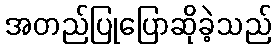
အတည်ပြုပြောဆိုခဲ့သည်